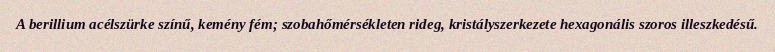
A berillium acélszürke színű, kemény fém; szobahőmérsékleten rideg, kristályszerkezete hexagonális szoros illeszkedésű.